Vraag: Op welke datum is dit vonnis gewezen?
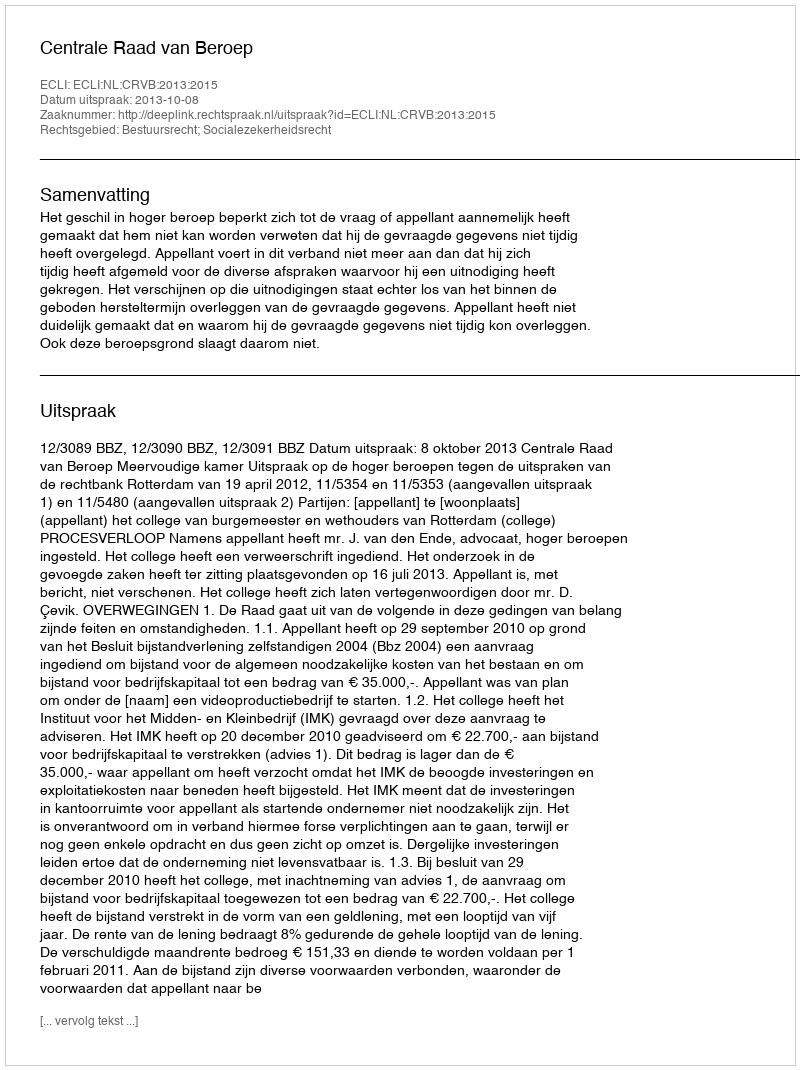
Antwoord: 2013-10-08